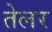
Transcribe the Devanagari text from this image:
तेलर